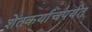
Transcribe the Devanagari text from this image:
शेतकर्याचपर्यंत